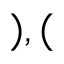
) , (